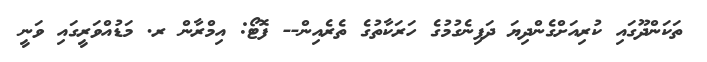
ތަކަންދޫގައި ކުރިއަށްގެންދިޔަ ދަފިނެގުމުގެ ހަރަކާތުގެ ތެރެއިން-- ފޮޓޯ: އިމްރާން ރ. މަޑުއްވަރީގައި ވަނީ